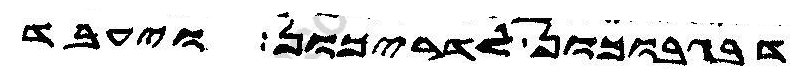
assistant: דבגבוכון לדריכון ויעבד